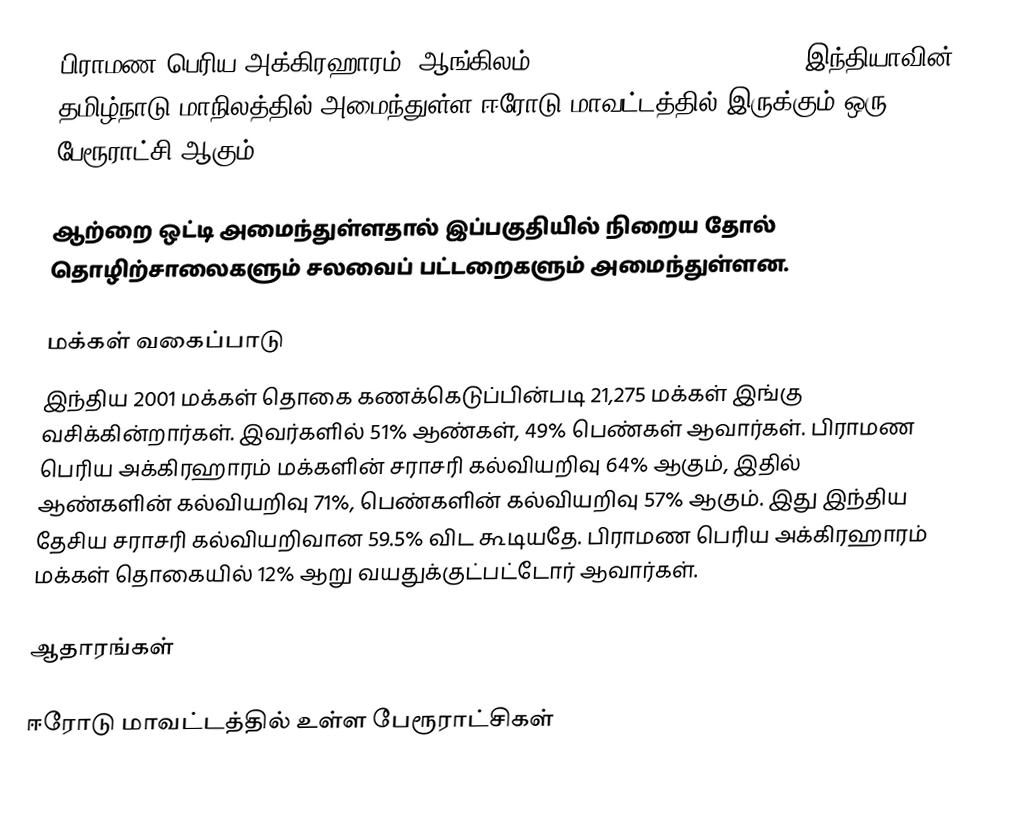
பிராமண பெரிய அக்கிரஹாரம் (ஆங்கிலம்:Brahmana Periya-Agraharam), இந்தியாவின் தமிழ்நாடு மாநிலத்தில் அமைந்துள்ள ஈரோடு மாவட்டத்தில் இருக்கும் ஒரு பேரூராட்சி ஆகும்.

ஆற்றை ஒட்டி அமைந்துள்ளதால் இப்பகுதியில் நிறைய தோல் தொழிற்சாலைகளும் சலவைப் பட்டறைகளும் அமைந்துள்ளன.

மக்கள் வகைப்பாடு
இந்திய 2001 மக்கள் தொகை கணக்கெடுப்பின்படி 21,275 மக்கள் இங்கு வசிக்கின்றார்கள். இவர்களில் 51% ஆண்கள், 49% பெண்கள் ஆவார்கள். பிராமண பெரிய அக்கிரஹாரம் மக்களின் சராசரி கல்வியறிவு 64% ஆகும்,  இதில் ஆண்களின் கல்வியறிவு 71%,  பெண்களின் கல்வியறிவு 57% ஆகும். இது இந்திய தேசிய சராசரி கல்வியறிவான 59.5% விட கூடியதே. பிராமண பெரிய அக்கிரஹாரம் மக்கள் தொகையில் 12%  ஆறு வயதுக்குட்பட்டோர் ஆவார்கள்.

ஆதாரங்கள்

ஈரோடு மாவட்டத்தில் உள்ள பேரூராட்சிகள்